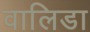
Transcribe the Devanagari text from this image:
वालिडा